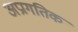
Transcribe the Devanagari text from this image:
अप्रागतिक